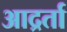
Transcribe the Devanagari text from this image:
आद्रर्ता